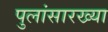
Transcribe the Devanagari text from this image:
पुलांसारख्या